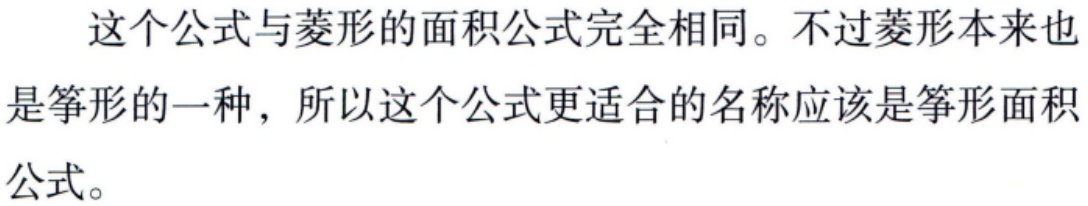
这个公式与菱形的面积公式完全相同。不过菱形本来也是筝形的一种，所以这个公式更适合的名称应该是筝形面积公式。